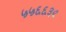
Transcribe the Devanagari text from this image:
५५६६३९